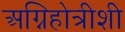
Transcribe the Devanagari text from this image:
अग्निहोत्रीशी